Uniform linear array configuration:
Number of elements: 24
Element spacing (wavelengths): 1
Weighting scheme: blackman
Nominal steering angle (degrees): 0
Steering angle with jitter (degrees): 1.191
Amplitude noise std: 0.05
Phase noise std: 0.05

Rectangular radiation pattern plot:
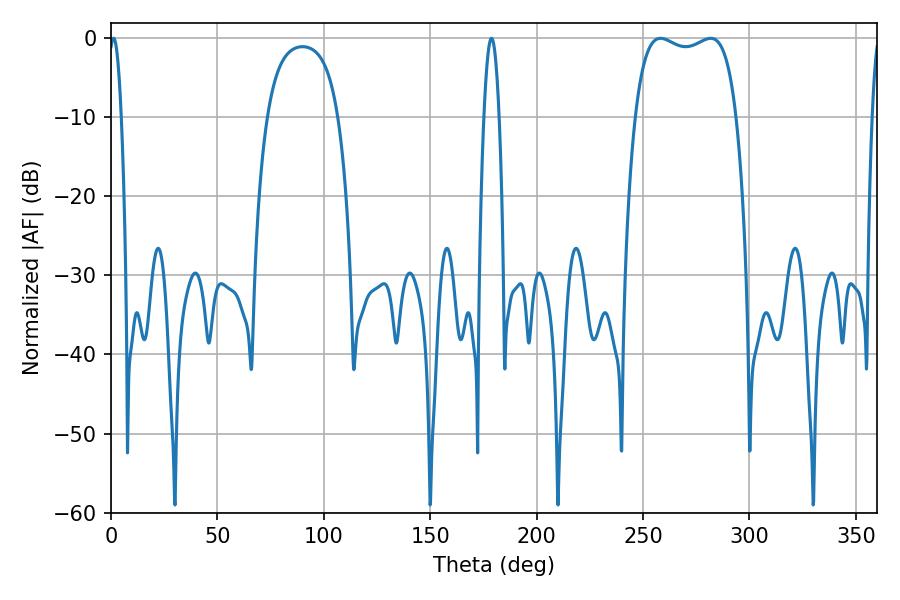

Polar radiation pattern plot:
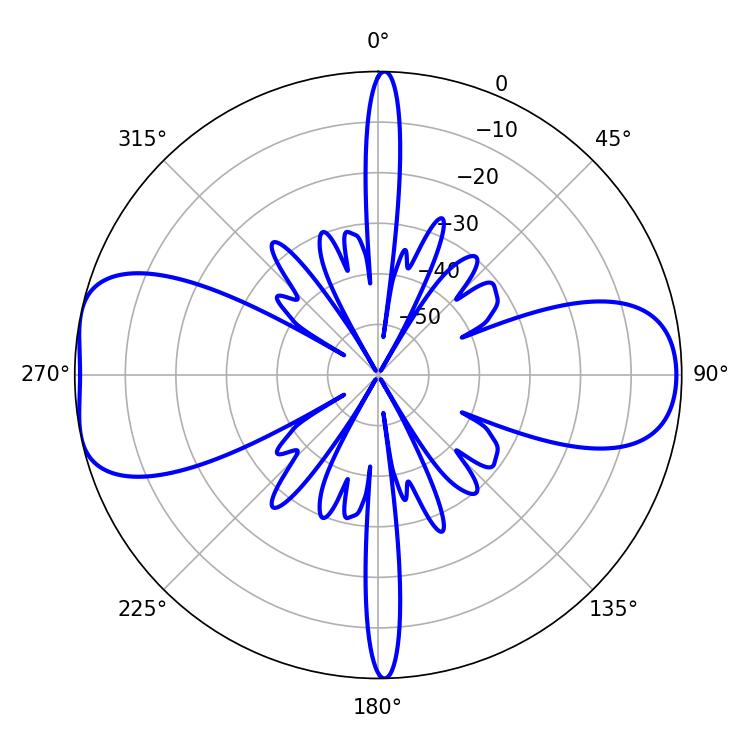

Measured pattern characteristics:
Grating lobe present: TRUE
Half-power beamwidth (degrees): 38.52
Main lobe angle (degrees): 258.12